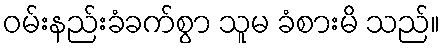
ဝမ်းနည်းခံခက်စွာ သူမ ခံစားမိ သည်။